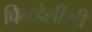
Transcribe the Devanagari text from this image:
विनडेलीसी